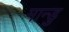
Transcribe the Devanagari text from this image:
मान्डु